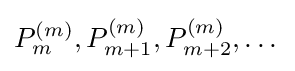
P_{m}^{(m)},P_{m+1}^{(m)},P_{m+2}^{(m)},\dots